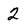
Character: 2